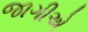
જાગીએ